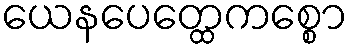
ယေနပေတ္ထေကစ္စော